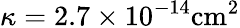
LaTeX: \kappa=2.7\times 10^{-14}\mathrm{cm}^{2}